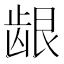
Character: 龈